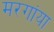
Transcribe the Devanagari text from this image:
मरगांया